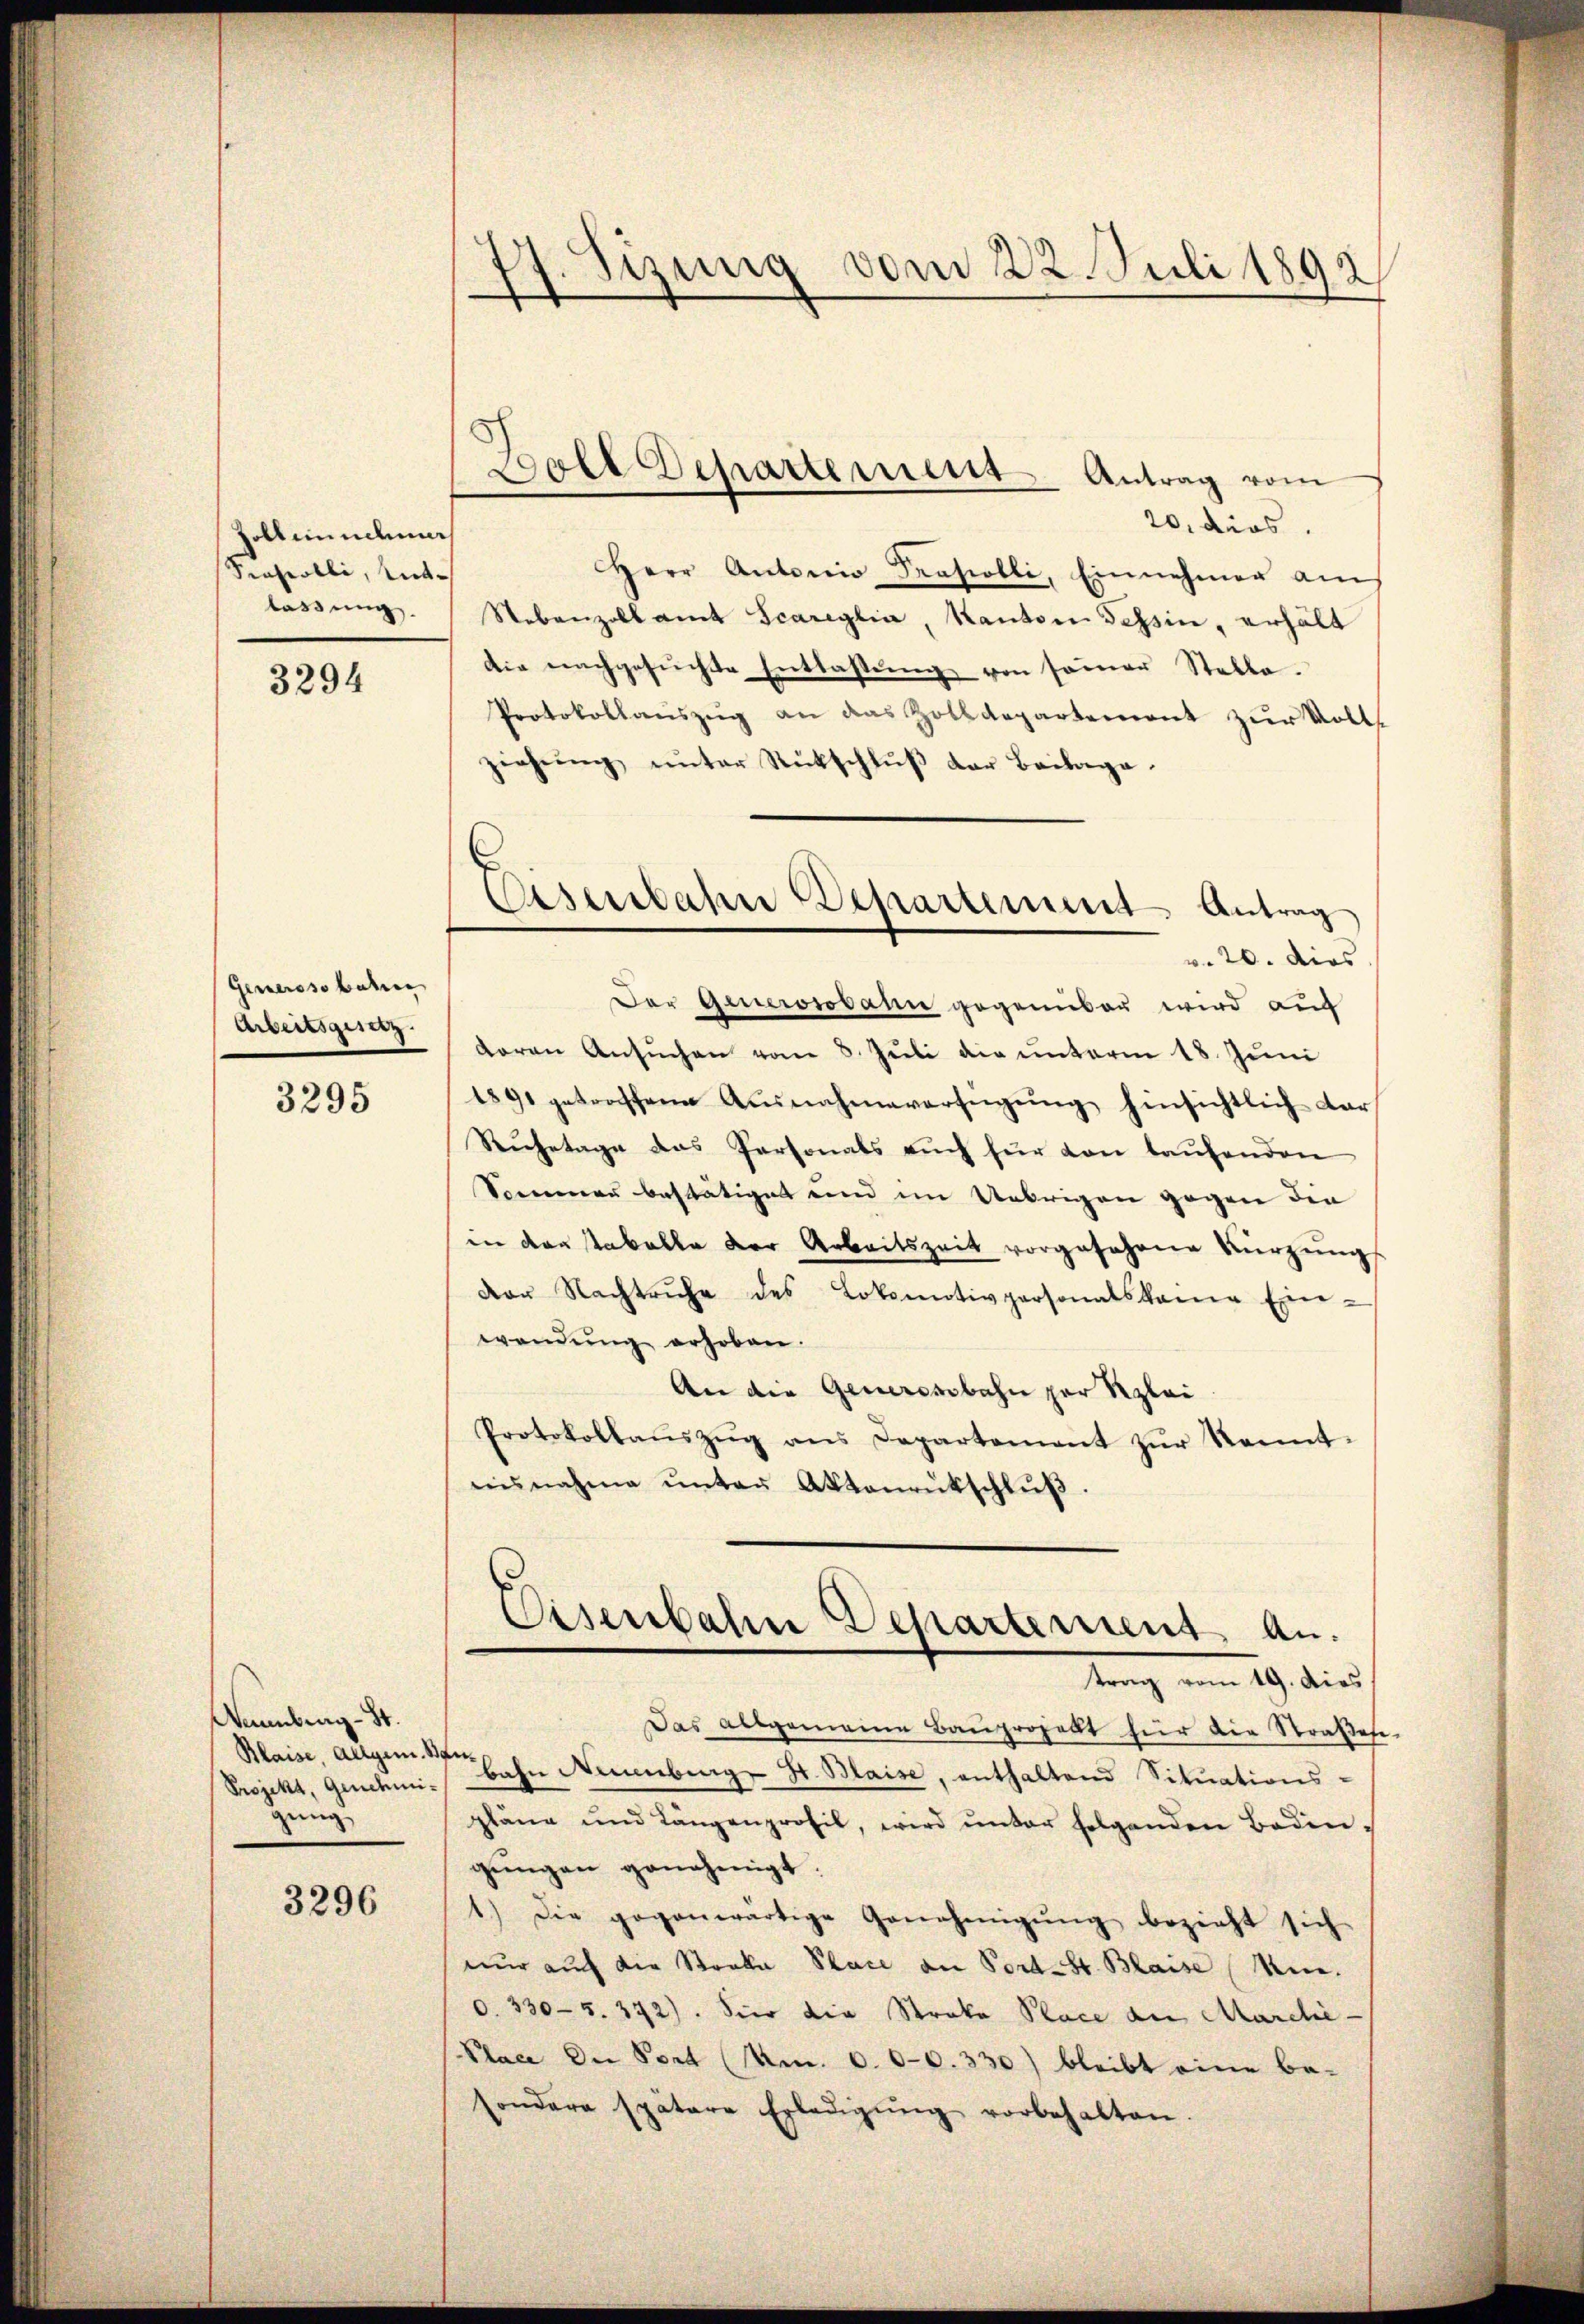
Toll mindenes
Sensentli, ent-
lassung.

3294

Generssobahren
Arbeitsging.

3295

Wanberg - St.
Blaise, allgem. Baugung

3296

7. Sizinig vom 22. Juli 1892
—

20. dies
Herr Antonio Prasrolli, Einnehmen am
Nebenzollamt Scareglia, Kanton Tessin, erhält
die nachgesuchte Entlastung von seiner Stelle.
Protokollaŭszŭg an das Zolldepartement zŭr Voll
ziehung unter Rückschluß der Beilage¬
Der Generosodann gegenüber wird auf
daran Ansŭchen vom 8. Juli die unterm 18. Juni
1891 getroffene Ausnahmeverfügung hinsichtlich dar
Ruhetage das Personals auch für von laŭfenden
Sommen bestätiget und im Uebrigen gegen die
in der Tabelle der Arbeitszeit vorgesehene Kürzung
der Nachtruhe des Lokomotivpersonatskane Ein-
wendŭng erhoben.
An die Generenbahn zur Klei
Protokollaŭszŭg ans Departement zŭr Kennt-
einnahme ŭnter Aktenrütschlŭβ
Eisenbahn Departement an.
trag vom 19. dies
Das allgemeine Baŭprojekt für die Straßene
Projekt, Genehmi-Bahn Neuenburg S. Blaise, enthaltend Situations-
pläne und Längenprofil, wird ŭnter folgenden Bedin-
gungen genehmigt:
1.) Die gegenwärtige Genehmigŭng bezieht sich
nŭr aŭch die Stocka Place an Port-St. Blaise (Min.
0. 330-5. 372). Hier die Straka Place an Marchie-
(Place die Port (m. 0. 00. 330) bleibt eine be-
sondere spätere Erledigŭng vorbehalten

Boll Departement Antrag vom

Eisenbahn Departement Antrag
v. 20. dies